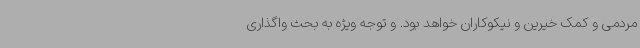
مردمی و کمک خیرین و نیکوکاران خواهد بود. و توجه ویژه به بحث واگذاری